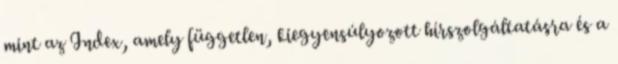
mint az Index, amely független, kiegyensúlyozott hírszolgáltatásra és a